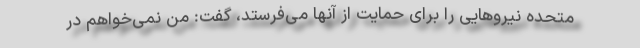
متحده نیروهایی را برای حمایت از آنها می‌فرستد، گفت: من نمی‌خواهم در